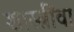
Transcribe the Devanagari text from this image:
शास्त्रींवा